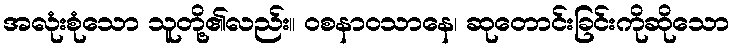
အလုံးစုံသော သူတို့၏လည်း။ ဝစနာဝသာနေ၊ ဆုတောင်းခြင်းကိုဆိုသော